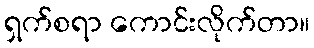
ရှက်စရာ ကောင်းလိုက်တာ။